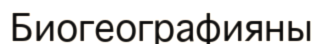
Биогеографияны